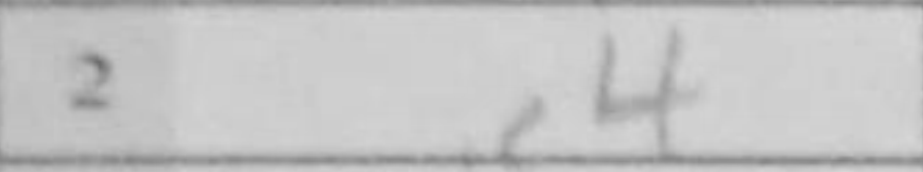
Transcription: e4